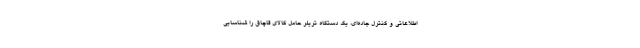
اطلاعاتی و کنترل جاده‌ای، یک دستگاه تریلر حامل کالای قاچاق را شناسایی